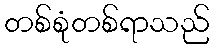
တစ်စုံတစ်ရာသည်